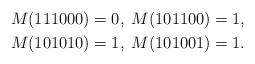
LaTeX: \begin{align*} M(111000)&=0,\;M(101100)=1,\\ M(101010)&=1,\;M(101001)=1.\end{align*}